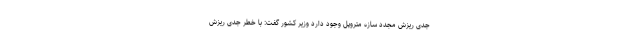
جدی ریزش مجدد سازه متروپل وجود دارد وزیر کشور گفت: با خطر جدی ریزش